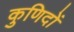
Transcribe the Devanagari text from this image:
कुणिदों